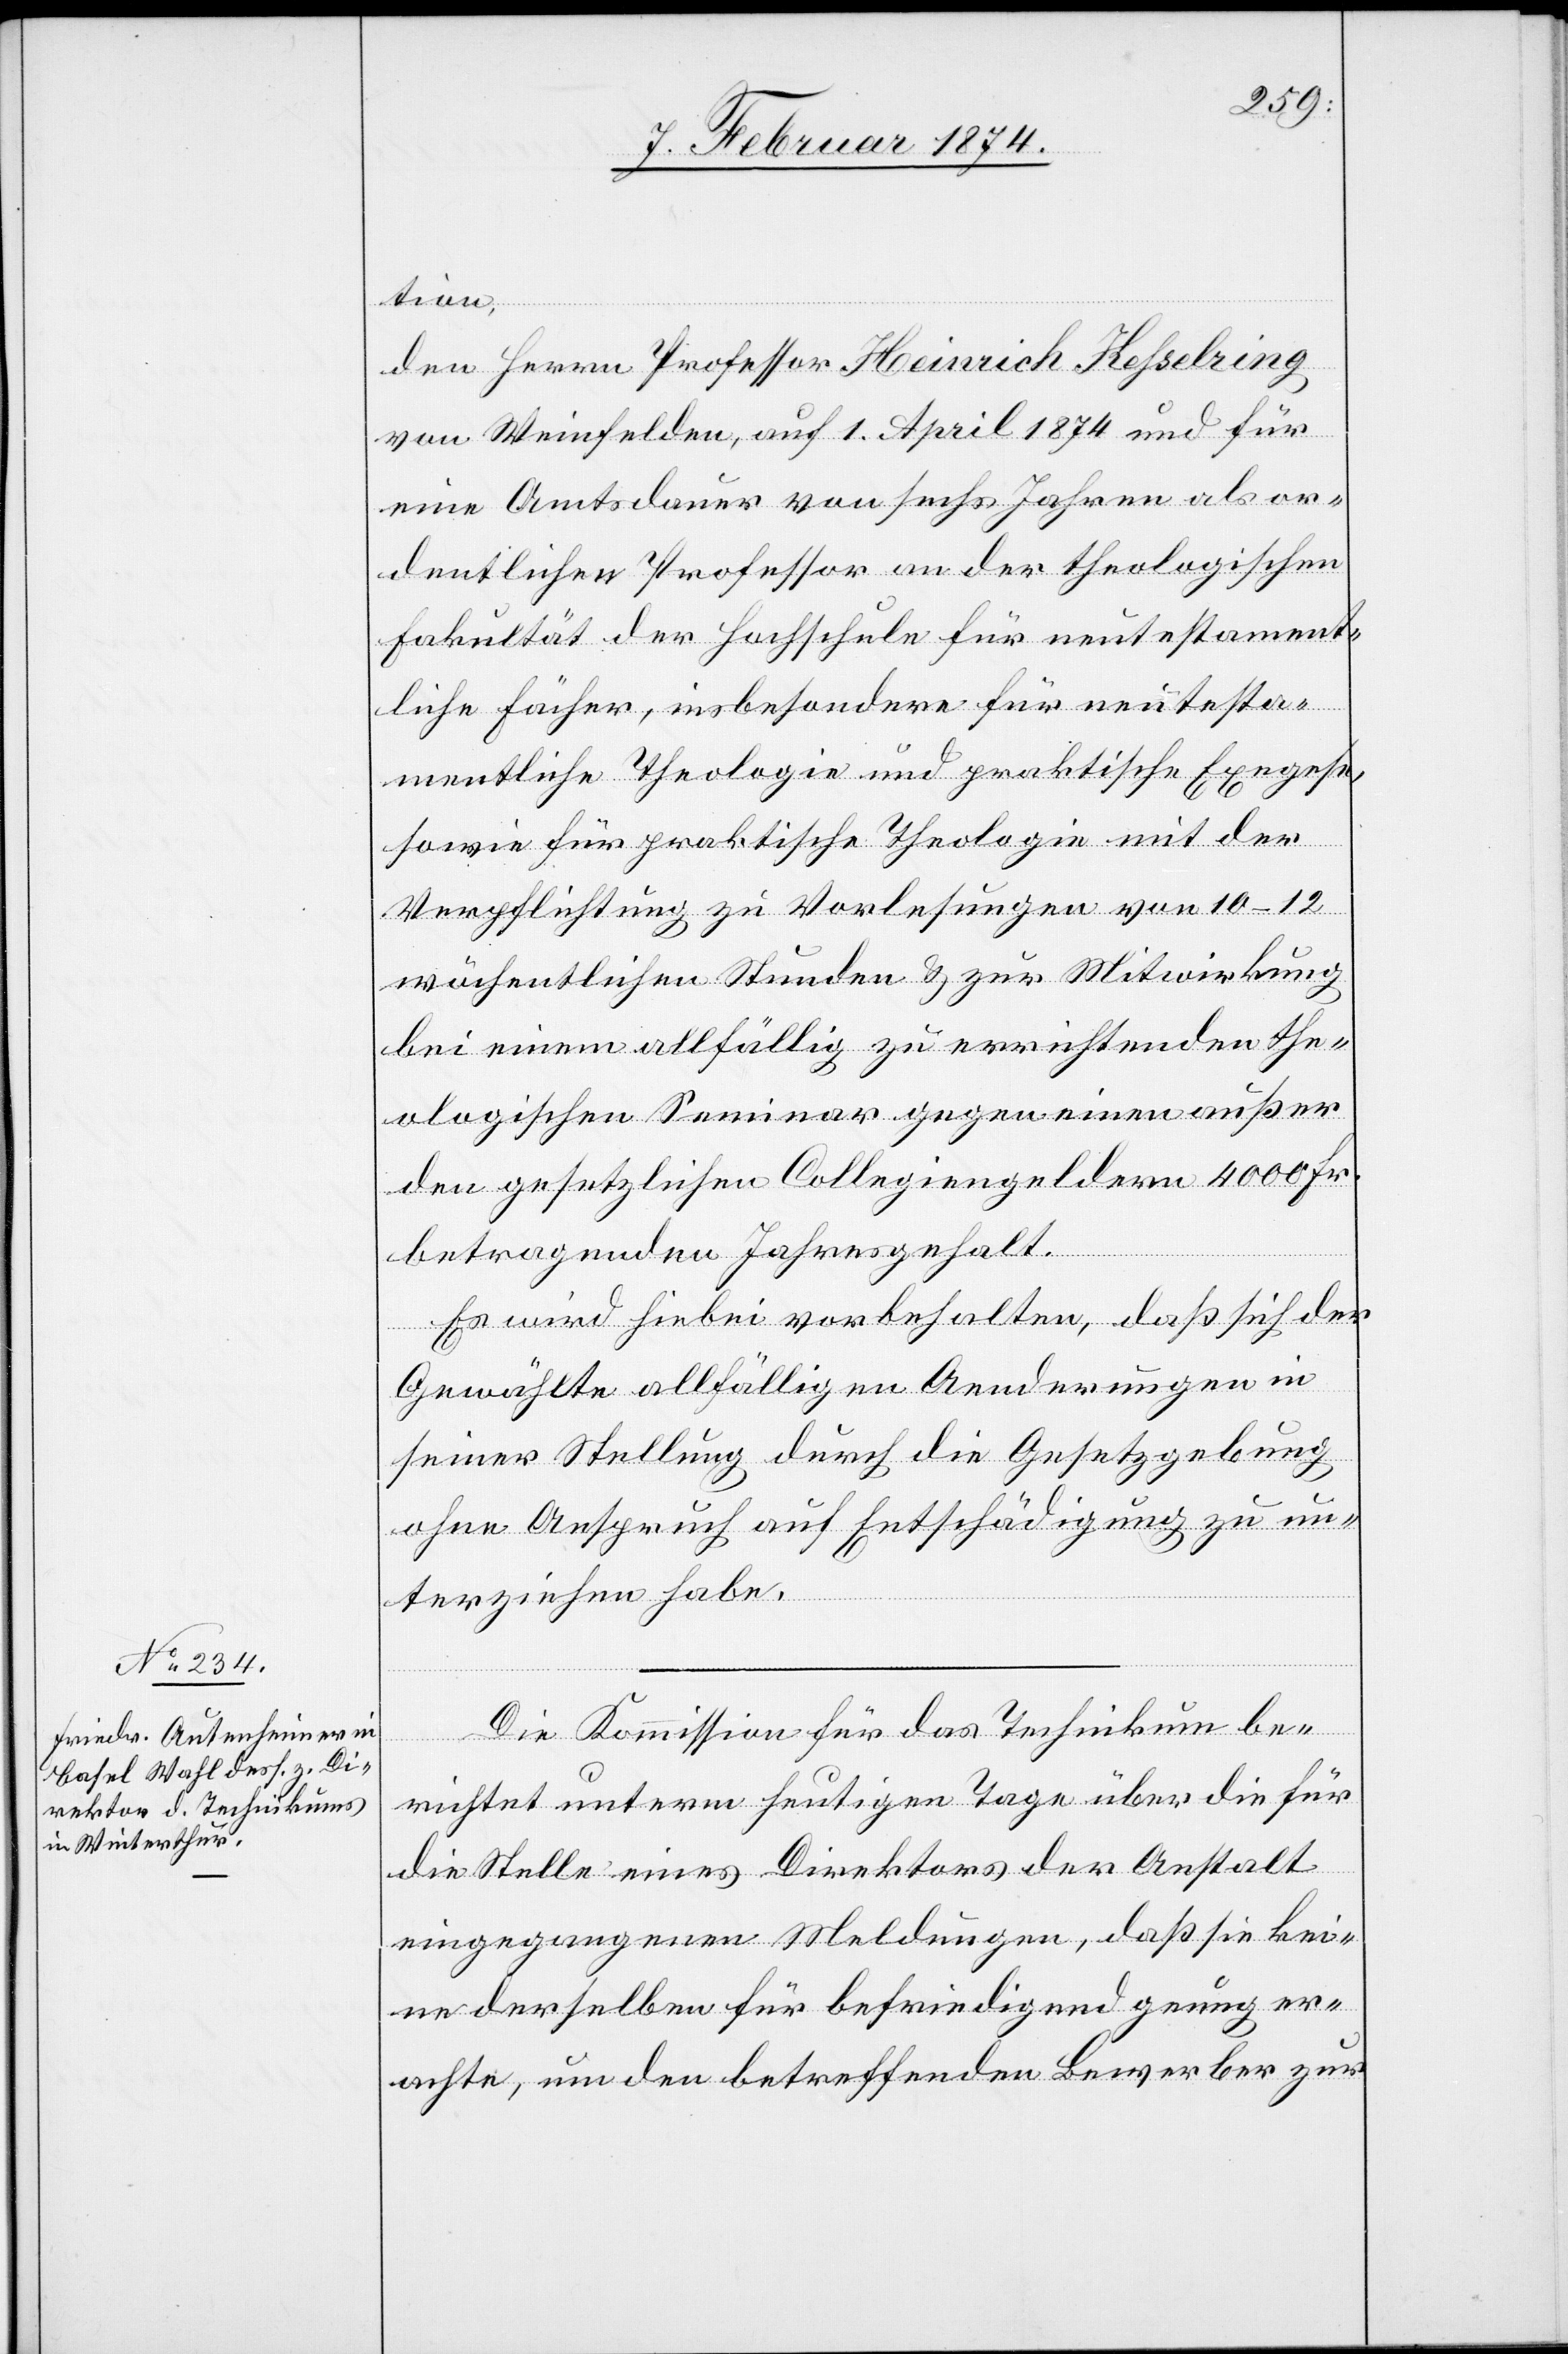
tion,
den Herrn Professor Heinrich Kesselring
von Weinfelden, auf 1. April 1874 und für
eine Amtsdauer von sechs Jahren als or¬
dentlicher Professor an der theologischen
Fakultät der Fachschule für neutestament¬
liche Fächer insbesondere für neutesta¬
mentliche Theologie und praktische Exegese,
sowie für praktische Theologie mit der
Verpflichtung zu Vorlesungen von 10–12
wöchentlichen Stunden u. zur Mitwirkung
bei einem allfällig zu errichtenden the¬
ologischen Seminar gegen einen außer
den gesetzlichen Collegiengeldern 4000 Fr.
betragenden Jahresgehalt.
Es wird hiebei vorbehalten, daß sich der
Gewählte allfälligen Aenderungen in
seiner Stellung durch die Gesetzgebung
ohne Anspruch auf Entschädigung zu un¬
terziehen habe.
Die Kommission für das Technikum be¬
richtet unterm heutigen Tage über die für
die Stelle eines Direktors der Anstalt
eingegangenen Meldungen, daß sie kei¬
ne der selben für befriedigend genug er¬
achte, um den betreffenden Bewerber zur